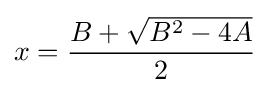
x={\frac {B+{\sqrt {B^{2}-4A}}}{2}}